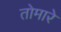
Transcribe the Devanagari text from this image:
तोमारे